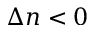
\Delta n < 0